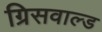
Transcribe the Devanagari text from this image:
ग्रिसवाल्ड